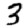
Digit: 3